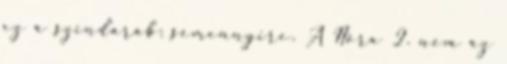
ez a színdarab: semennyire. A Nóra 2. nem az